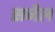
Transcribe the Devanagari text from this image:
सनैल